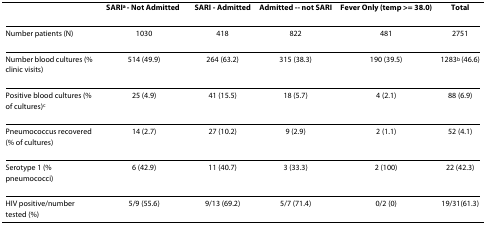
<table><thead><tr><td></td><td><b>SARI<sup>a </sup>- Not Admitted</b></td><td><b>SARI - Admitted</b></td><td><b>Admitted -- not SARI</b></td><td><b>Fever Only (temp &gt;= 38.0)</b></td><td><b>Total</b></td></tr></thead><tbody><tr><td>Number patients (N)</td><td>1030</td><td>418</td><td>822</td><td>481</td><td>2751</td></tr><tr><td>Number blood cultures (% clinic visits)</td><td>514 (49.9)</td><td>264 (63.2)</td><td>315 (38.3)</td><td>190 (39.5)</td><td>1283<sup>b </sup>(46.6)</td></tr><tr><td>Positive blood cultures (% of cultures)<sup>c</sup></td><td>25 (4.9)</td><td>41 (15.5)</td><td>18 (5.7)</td><td>4 (2.1)</td><td>88 (6.9)</td></tr><tr><td>Pneumococcus recovered (% of cultures)</td><td>14 (2.7)</td><td>27 (10.2)</td><td>9 (2.9)</td><td>2 (1.1)</td><td>52 (4.1)</td></tr><tr><td>Serotype 1 (% pneumococci)</td><td>6 (42.9)</td><td>11 (40.7)</td><td>3 (33.3)</td><td>2 (100)</td><td>22 (42.3)</td></tr><tr><td>HIV positive/number tested (%)</td><td>5/9 (55.6)</td><td>9/13 (69.2)</td><td>5/7 (71.4)</td><td>0/2 (0)</td><td>19/31(61.3)</td></tr></tbody></table>